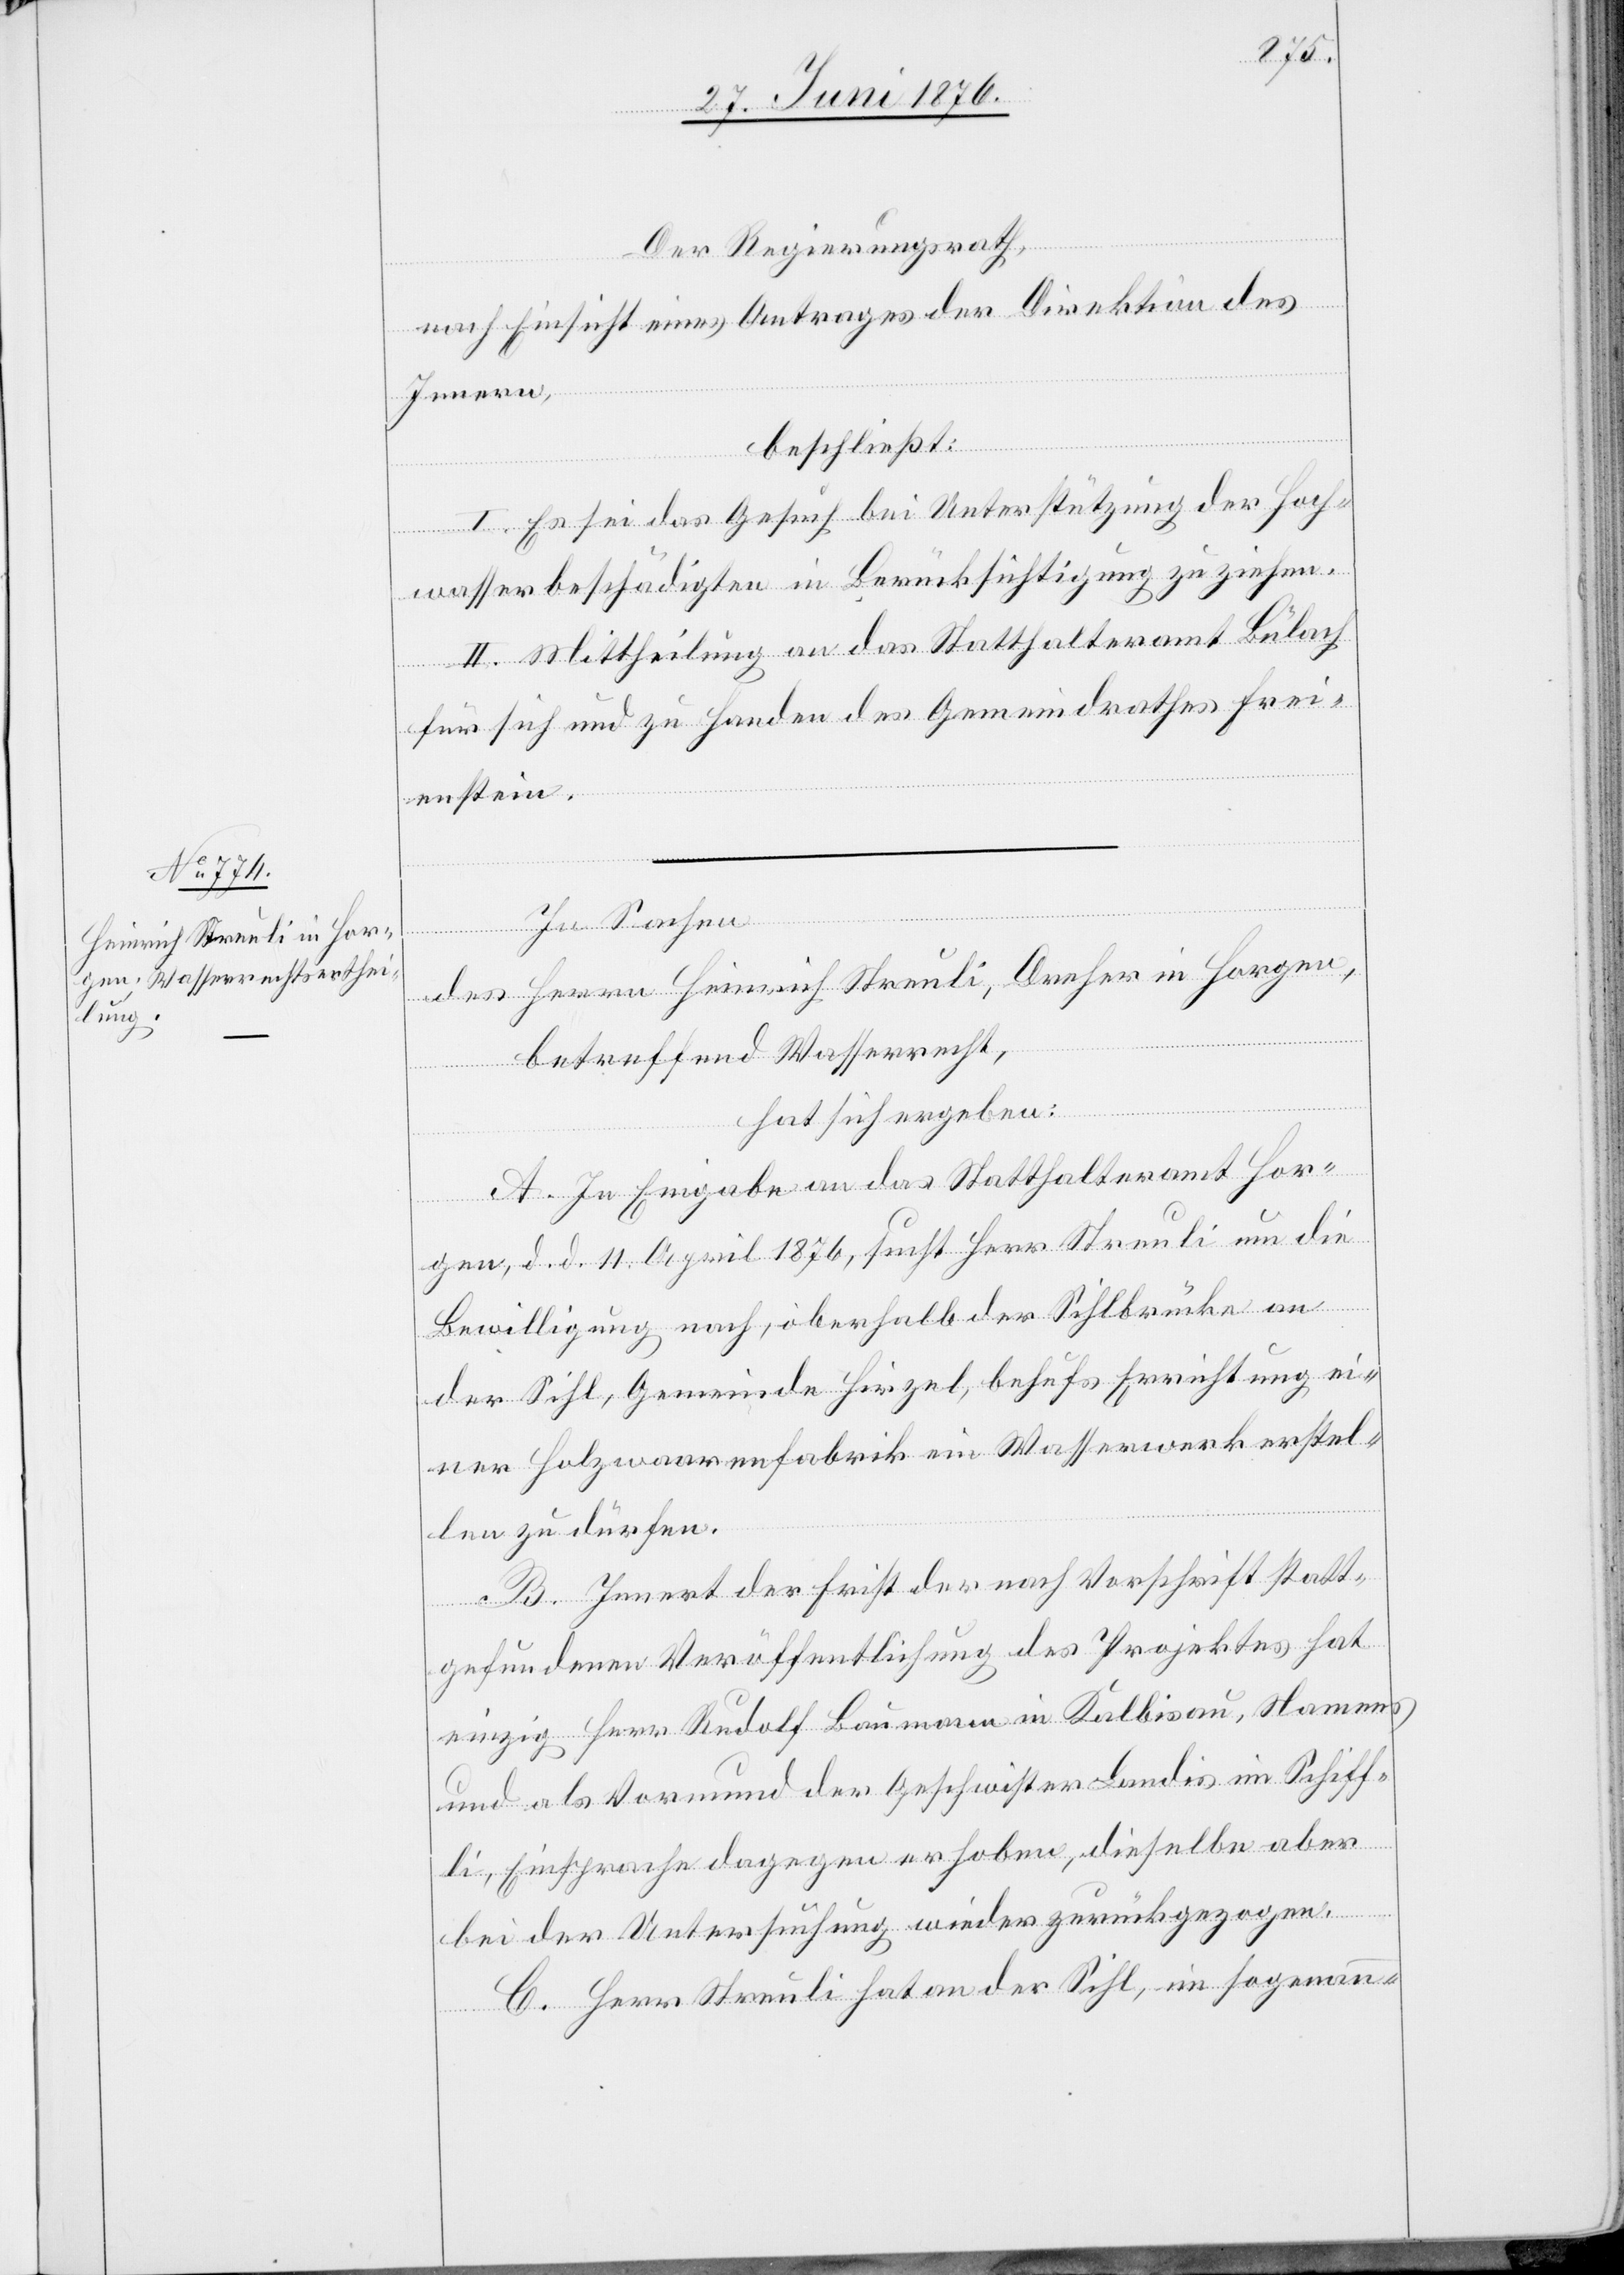
In
Der Regierungsrath,
nach Einsicht eines Antrages der Direktion des
Innern,
beschließt:
I. Es sei das Gesuch bei Unterstützung der Hoch¬
wasserbeschädigten in Berücksichtigung zu ziehen.
II. Mittheilung an das Statthalteramt Bülach
für sich und zu Handen des Gemeindrathes Frei¬
enstein.
des Herrn Heinrich Streuli, Dreher in Horgen,
betreffend Wasserrecht,
hat sich ergeben:
A. In Eingabe an das Statthalteramt Hor¬
gen, d. d. 11. April 1876, sucht Herr Streuli um die
Bewilligung nach, oberhalb der Sihlbrücke an
der Sihl, Gemeinde Hirzel, behufs Errichtung ei¬
ner Holzwaarenfabrik ein Wasserwerk erstel¬
len zur dürfen.
B. Innert der Frist der nach Vorschrift statt¬
gefundenen Veröffentlichung des Projektes hat
einzig Herr Rudolf Baumann in Kalbisau, Namens
und als Vormund der Geschwister Lundis im Schiff¬
li, Einsprache dagegen erhoben, dieselbe aber
bei der Untersuchung wieder zurückgezogen.
C. Herr Streuli hat an der Sihl, im sogenann-